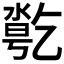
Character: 𠄄